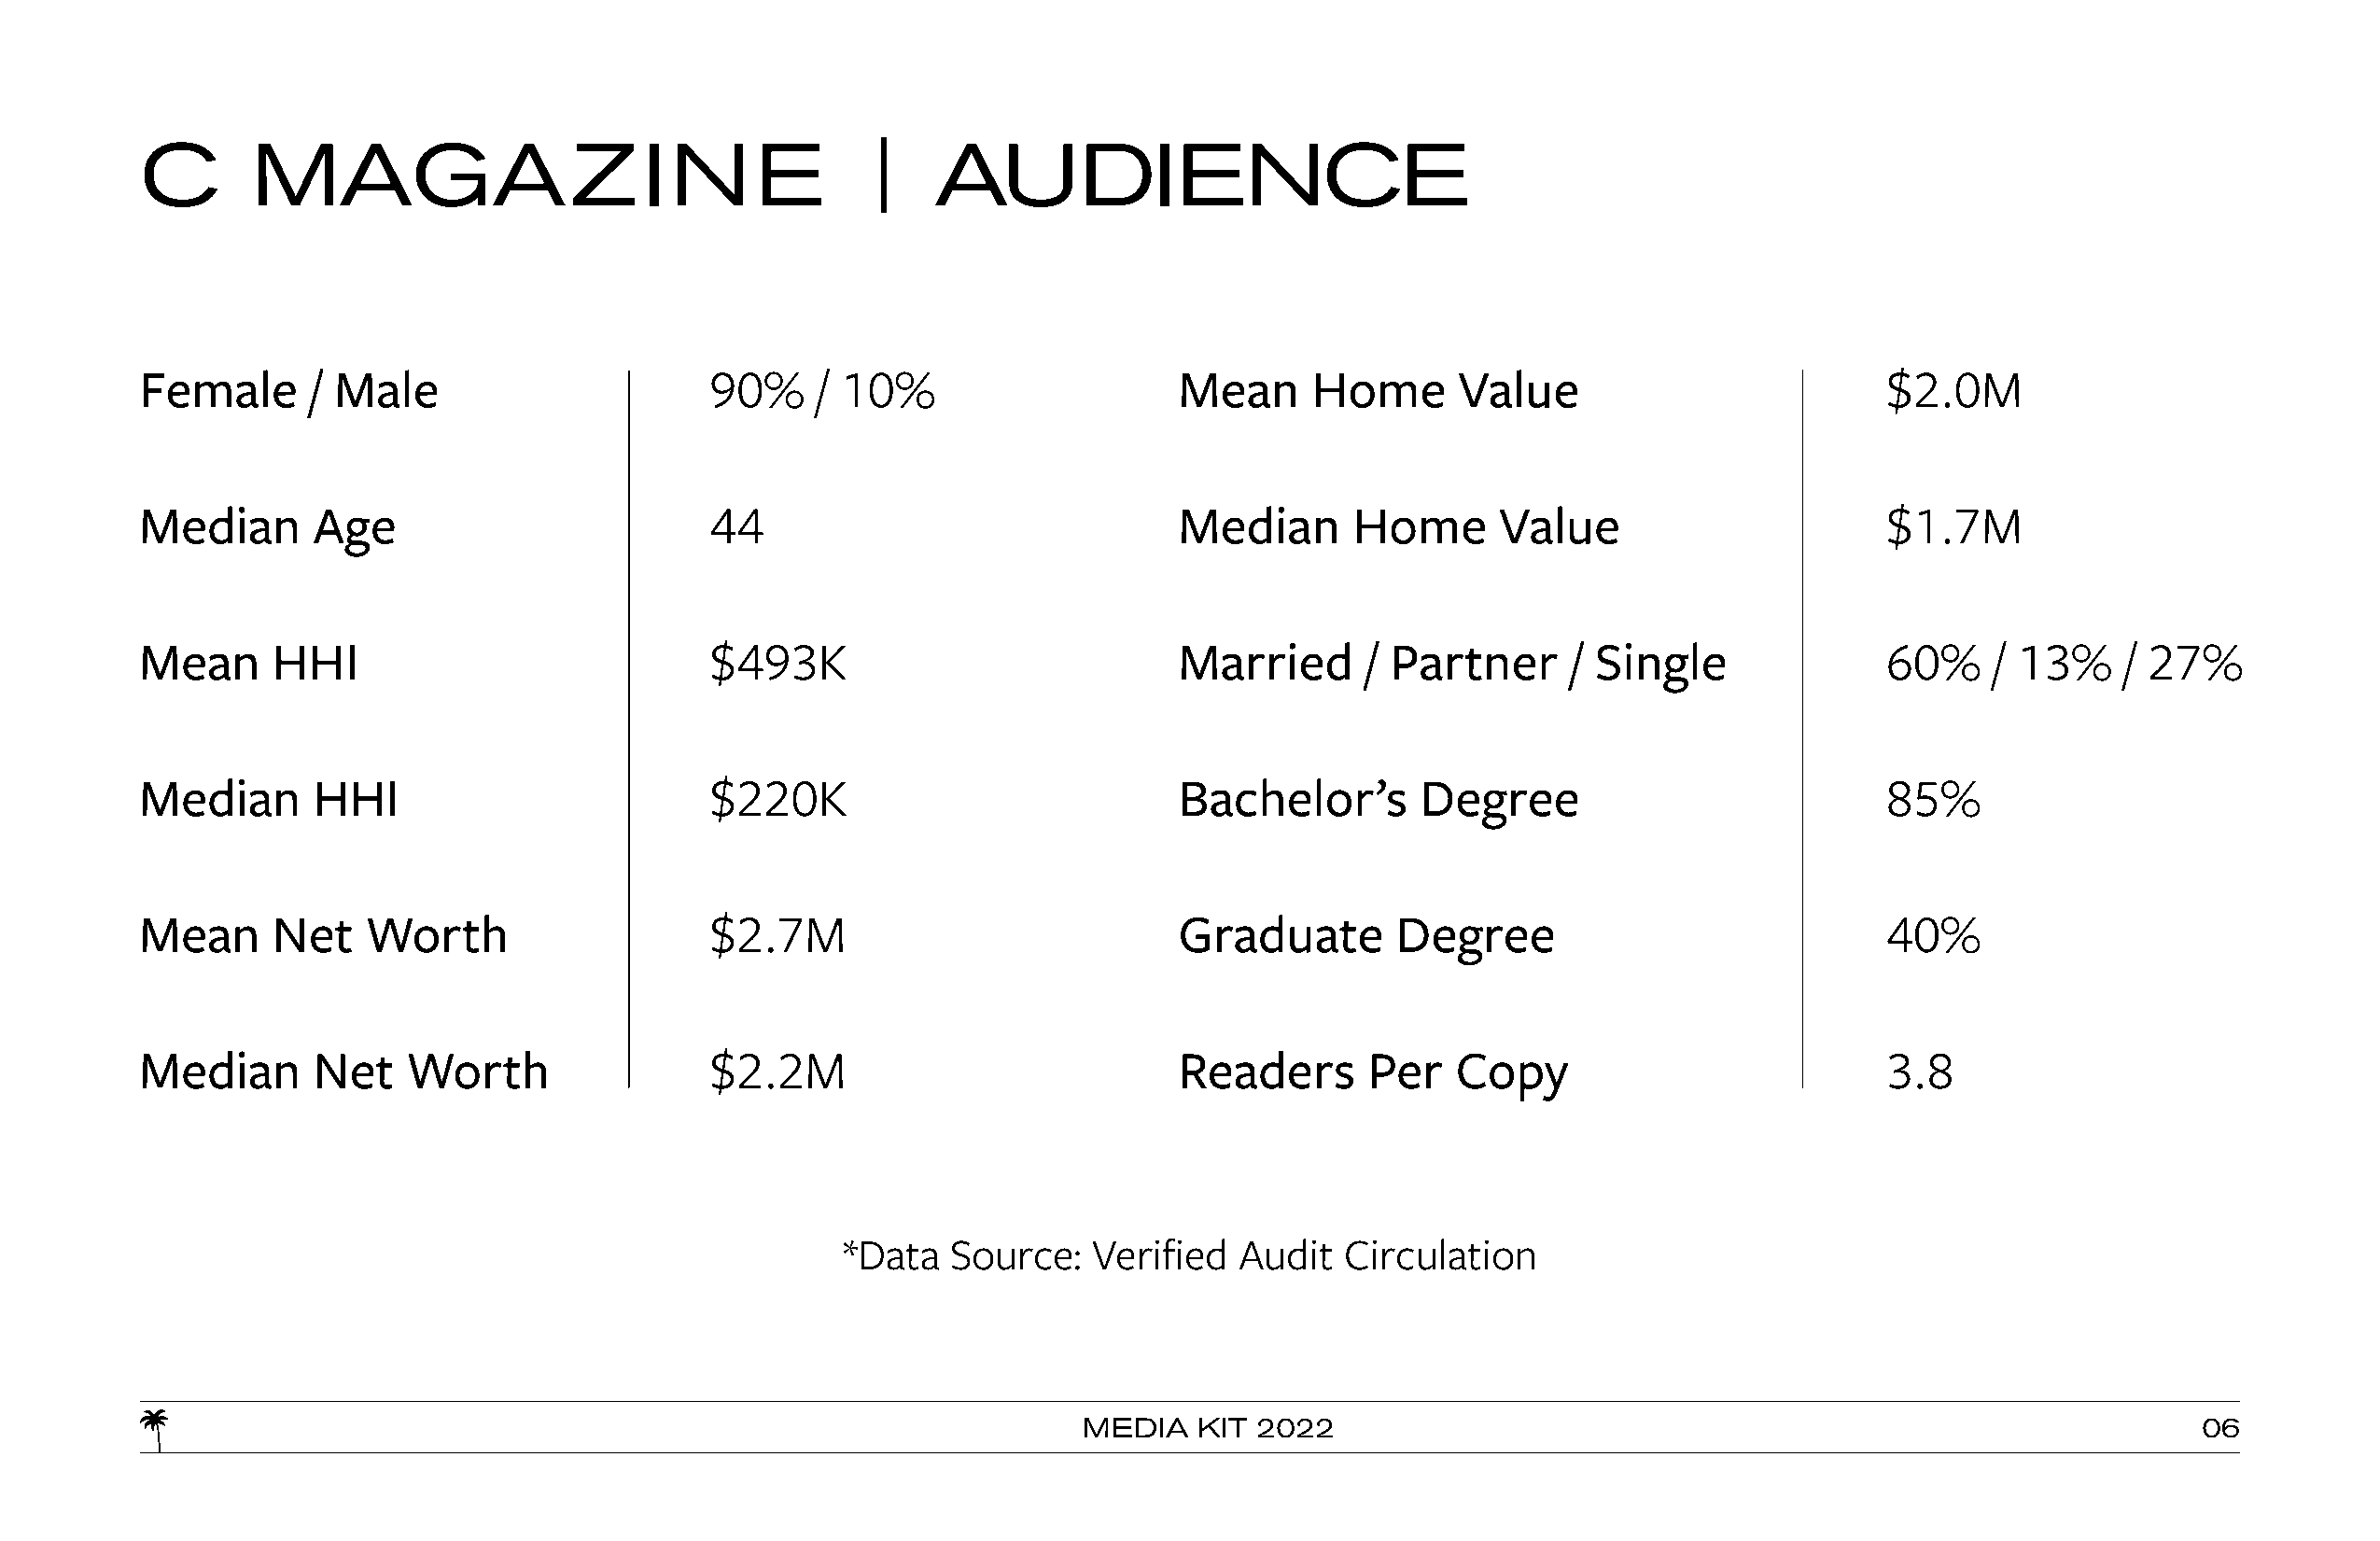
C       MAGAZINE                                    |   AUDIENCE
 Female      / Male                      90%     / 10%                     Mean     Home      Value                          $2.0M
 Median      Age                         44                                Median      Home      Value                       $1.7M
 Mean     HHI                            $493K                             Married      / Partner     / Single               60%    / 13%     / 27%
 Median      HHI                         $220K                             Bachelor’s       Degree                           85%
 Mean     Net    Worth                   $2.7M                             Graduate       Degree                             40%
 Median      Net    Worth                $2.2M                             Readers      Per   Copy                           3.8
 *Data  Source:    Verified  Audit  Circulation
 MEDIA   KIT 2022                                                               06